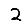
Digit: 2